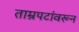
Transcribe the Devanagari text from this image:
ताम्रपटांवरून